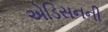
એડિસનની